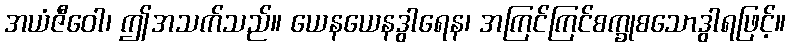
အယံဇီဝေါ၊ ဤအသက်သည်။ ယေနယေနဒွါရေန၊ အကြင်ကြင်စက္ခုစသောဒွါရဖြင့်။